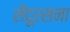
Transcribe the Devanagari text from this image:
सेंदूरसना